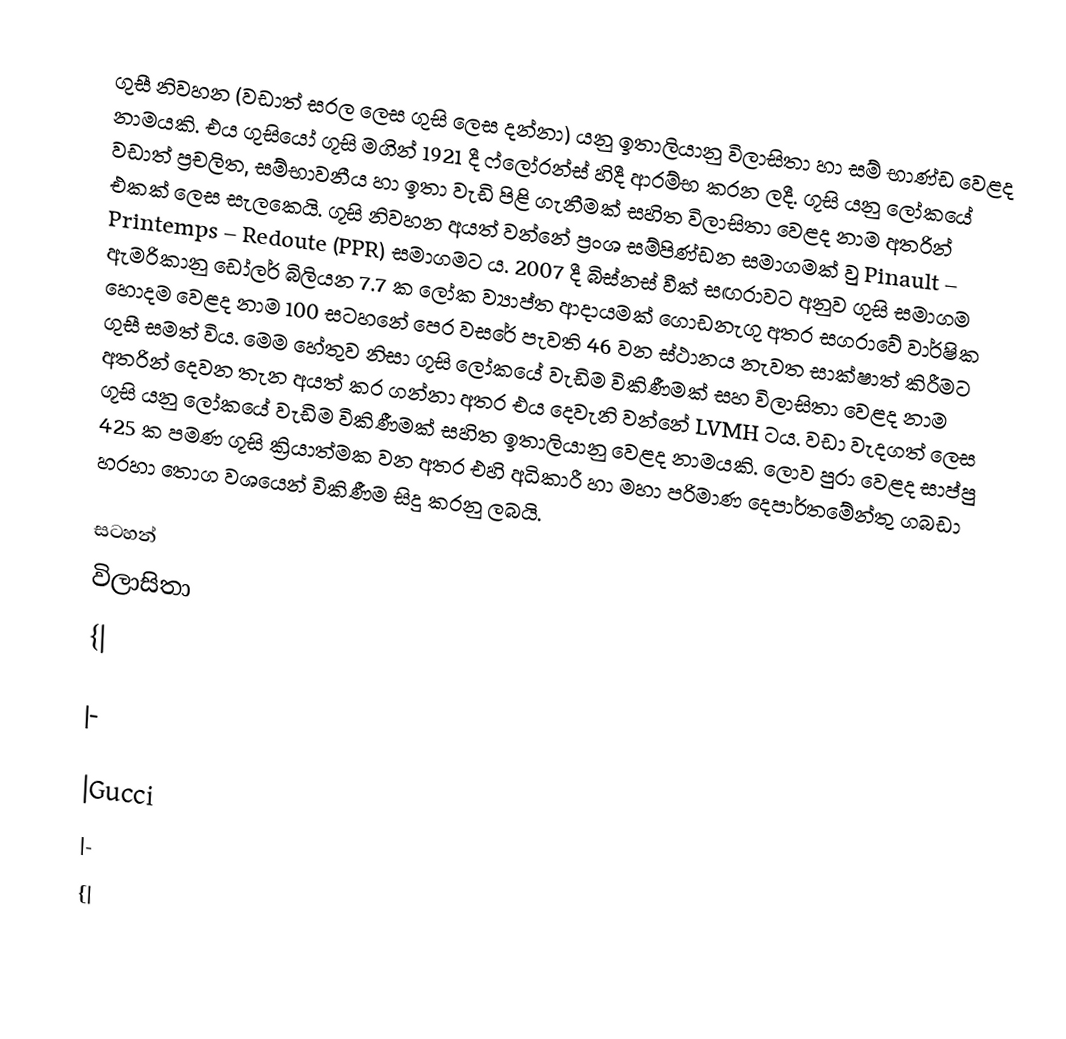
ගුසී නිවහන (වඩාත් සරල ලෙස ගුසි ලෙස දන්නා) යනු ඉතාලියානු විලාසිතා හා සම් භාණ්ඩ වෙළද නාමයකි. එය ගුසියෝ ගූසි මගින් 1921 දී ෆ්ලෝරන්ස් හිදී ආරම්භ කරන ලදී. ගූසි යනු ලෝකයේ වඩාත් ප්‍රචලිත, සම්භාවනීය හා ඉතා වැඩි පිළි ගැනීමක් සහිත විලාසිතා වෙළද නාම අතරින් එකක් ලෙස සැලකෙයි. ගූසි නිවහන අයත් වන්නේ ප්‍රංශ සම්පිණ්ඩන සමාගමක් වු Pinault – Printemps – Redoute (PPR) සමාගමට ය. 2007 දී බිස්නස් වීක් සඟරාවට අනුව ගුසි සමාගම ඇමරිකානු ඩෝලර් බිලියන 7.7 ක ලෝක ව්‍යාප්ත ආදායමක් ගොඩනැගු අතර සගරාවේ වාර්ෂික හොදම වෙළද නාම 100 සටහනේ පෙර වසරේ පැවති 46 වන ස්ථානය නැවත සාක්ෂාත් කිරීමට ගුසී සමත් විය. මෙම හේතුව නිසා ගූසි ලෝකයේ වැඩිම විකිණීමක් සහ විලාසිතා වෙළද නාම අතරින් දෙවන තැන අයත් කර ගන්නා අතර එය දෙවැනි වන්නේ LVMH ටය. වඩා වැදගත් ලෙස ගූසි යනු ලෝකයේ වැඩිම විකිණීමක් සහිත ඉතාලියානු වෙළද නාමයකි. ලොව පුරා වෙළද සාප්පු 425 ක පමණ ගූසි ක්‍රියාත්මක වන අතර එහි අධිකාරී හා මහා පරිමාණ දෙපාර්තමේන්තු ගබඩා හරහා තොග වශයෙන් විකිණීම සිදු කරනු ලබයි.

සටහන්
විලාසිතා
{|

|-

|Gucci
|-
{|